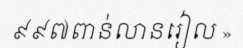
៩៩៧ពាន់លានរៀល »